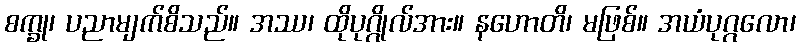
စက္ခု၊ ပညာမျက်စိသည်။ အဿ၊ ထိုပုဂ္ဂိုလ်အား။ နဟောတိ၊ မဖြစ်။ အယံပုဂ္ဂလော၊